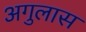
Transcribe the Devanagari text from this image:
अगुलास